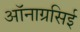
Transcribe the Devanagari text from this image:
ऑनाग्रसिई